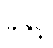
ခဲနှင့်